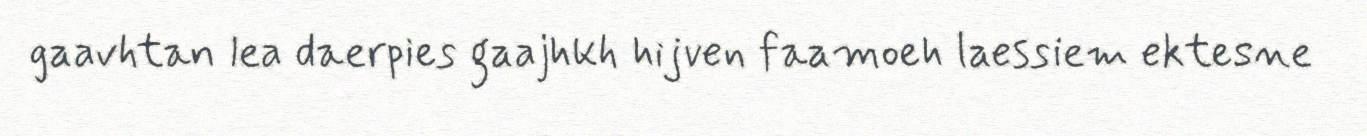
gaavhtan lea daerpies gaajhkh hijven faamoeh laessiem ektesne